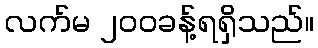
လက်မ ၂၀၀ခန့်ရရှိသည်။